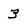
Character: 3